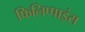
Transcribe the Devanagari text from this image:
फिलिप्पाइंस